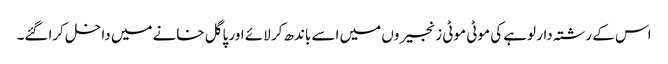
اس کے رشتہ دار لوہے کی موٹی موٹی زنجیروں میں اسے باندھ کر لائے اور پاگل خانے میں داخل کراگئے۔